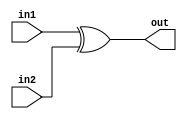
`ifndef ADDER_HALF_1BIT_V
`define ADDER_HALF_1BIT_V

module AdderHF1bit (
     input wire in1,
     input wire in2,
    output wire out
);
    assign out = in1 ^ in2;
endmodule

`endif